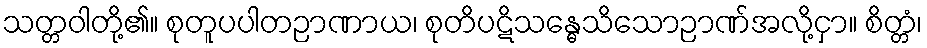
သတ္တဝါတို့၏။ စုတူပပါတဉာဏာယ၊ စုတိပဋိသန္ဓေသိသောဉာဏ်အလို့ငှာ။ စိတ္တံ၊